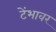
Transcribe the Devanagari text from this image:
टेंभावर